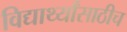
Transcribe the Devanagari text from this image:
विद्यार्थ्यांसाठीच